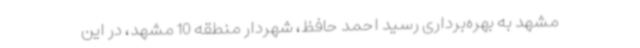
مشهد به‌ بهره‌برداری رسید احمد حافظ، شهردار منطقه 10 مشهد، در این